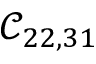
\mathcal { C } _ { 2 2 , 3 1 }